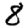
Digit: 8